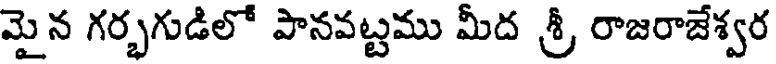
మైన గర్భగుడిలో పానవట్టము మీద శ్రీ రాజరాజేశ్వర